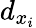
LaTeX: d_{x_{i}}